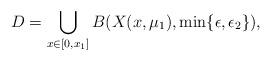
LaTeX: \begin{align*}D=\bigcup_{x\in [0,x_1]} B(X(x,\mu_1),\min \lbrace \epsilon, \epsilon_2 \rbrace),\end{align*}